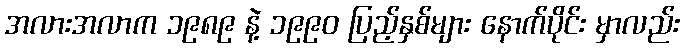
အလားအလာက ၁၉၈၉ နဲ့ ၁၉၉၀ ပြည့်နှစ်များ နောက်ပိုင်း မှာလည်း